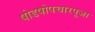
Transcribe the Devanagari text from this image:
षोडषोपचारपूजा